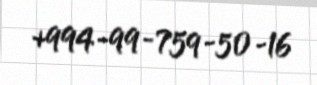
+994-99-759-50-16